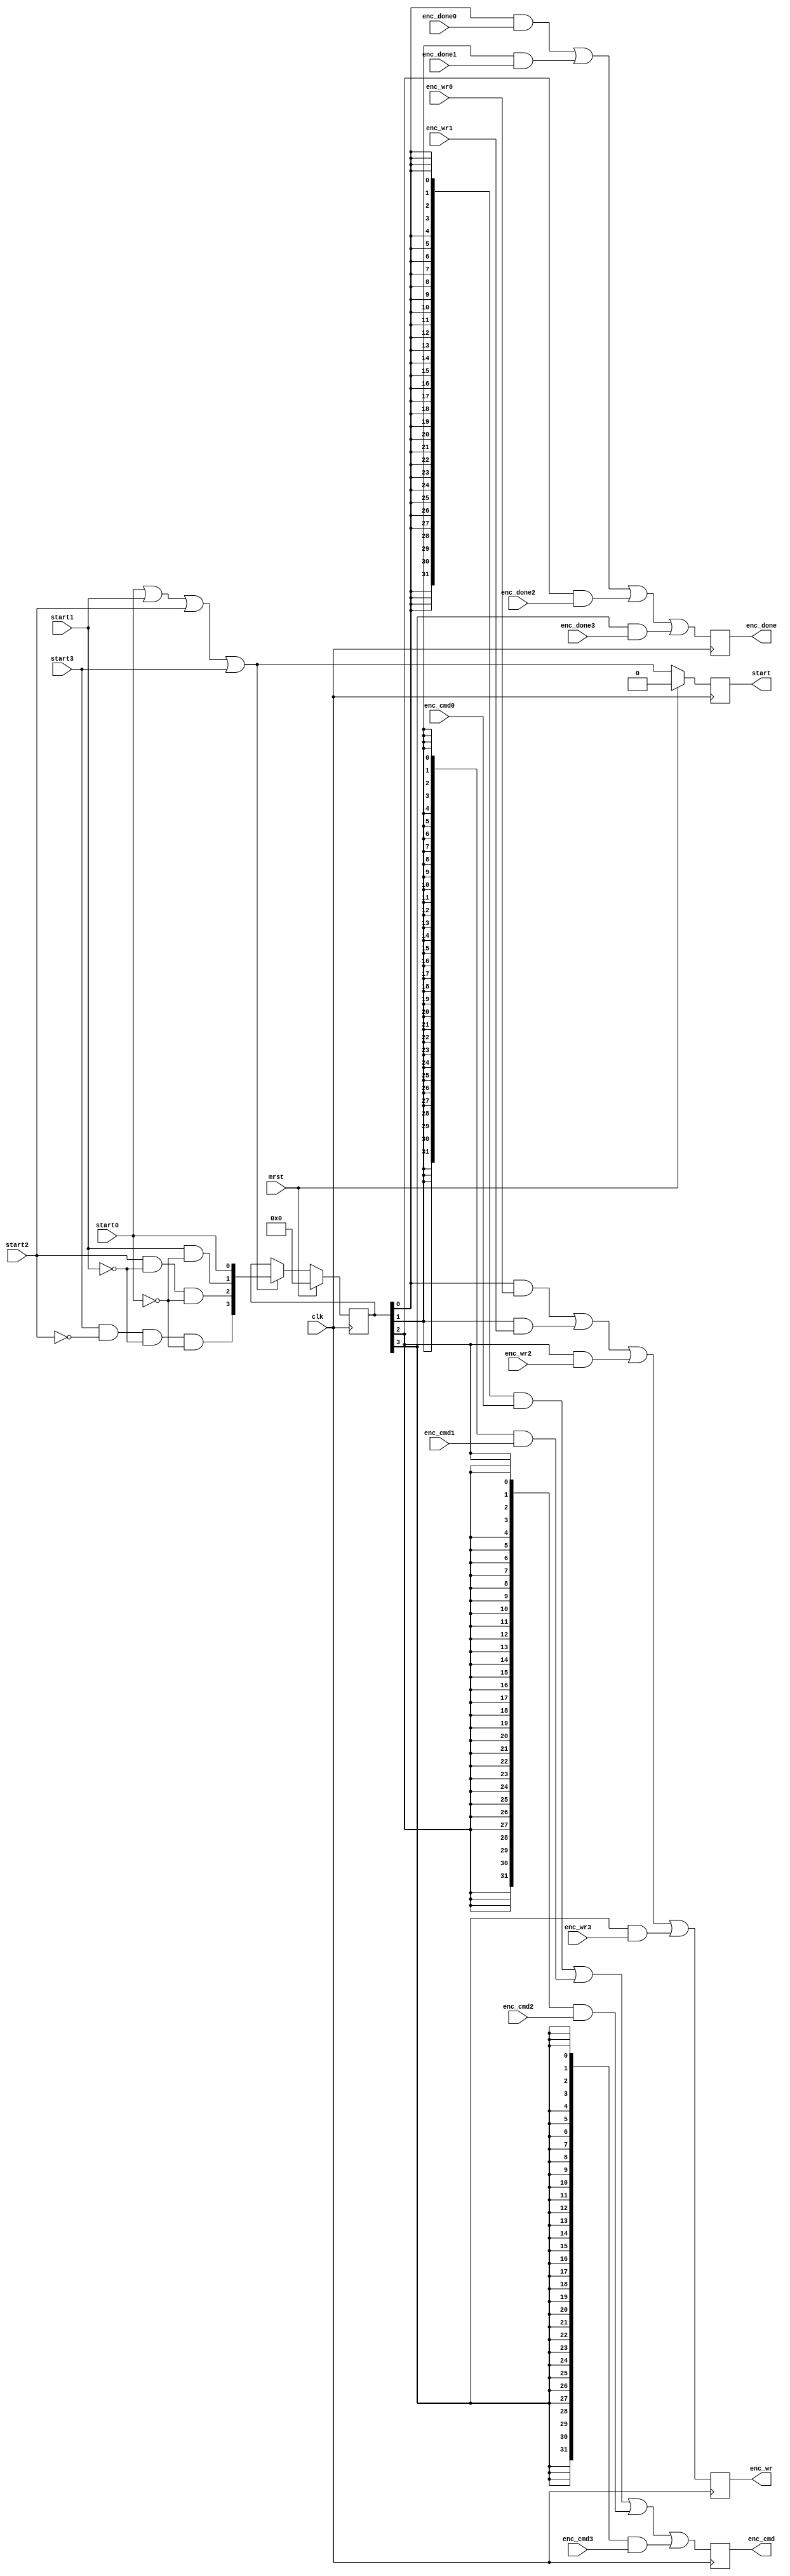
/*!
 * <b>Module:</b>cmd_encod_4mux
 * @file cmd_encod_4mux.v
 * @date 2015-02-21  
 * @author Andrey Filippov     
 *
 * @brief 4-to-1 mux to cmbine memory sequences sources
 *
 * @copyright Copyright (c) 2015 Elphel, Inc.
 *
 * <b>License:</b>
 *
 * cmd_encod_4mux.v is free software; you can redistribute it and/or modify
 * it under the terms of the GNU General Public License as published by
 * the Free Software Foundation, either version 3 of the License, or
 * (at your option) any later version.
 *
 *  cmd_encod_4mux.v is distributed in the hope that it will be useful,
 * but WITHOUT ANY WARRANTY; without even the implied warranty of
 * MERCHANTABILITY or FITNESS FOR A PARTICULAR PURPOSE.  See the
 * GNU General Public License for more details.
 *
 * You should have received a copy of the GNU General Public License
 * along with this program.  If not, see <http://www.gnu.org/licenses/> .
 *
 * Additional permission under GNU GPL version 3 section 7:
 * If you modify this Program, or any covered work, by linking or combining it
 * with independent modules provided by the FPGA vendor only (this permission
 * does not extend to any 3-rd party modules, "soft cores" or macros) under
 * different license terms solely for the purpose of generating binary "bitstream"
 * files and/or simulating the code, the copyright holders of this Program give
 * you the right to distribute the covered work without those independent modules
 * as long as the source code for them is available from the FPGA vendor free of
 * charge, and there is no dependence on any encrypted modules for simulating of
 * the combined code. This permission applies to you if the distributed code
 * contains all the components and scripts required to completely simulate it
 * with at least one of the Free Software programs.
 */
`timescale 1ns/1ps

module  cmd_encod_4mux(
    input                   mrst,
    input                   clk,

    input                   start0,       // this channel was started
    input            [31:0] enc_cmd0,     // encoded command
    input                   enc_wr0,      // write encoded command
    input                   enc_done0,     // encoding finished

    input                   start1,       // this channel was started
    input            [31:0] enc_cmd1,     // encoded command
    input                   enc_wr1,      // write encoded command
    input                   enc_done1,     // encoding finished

    input                   start2,       // this channel was started
    input            [31:0] enc_cmd2,     // encoded command
    input                   enc_wr2,      // write encoded command
    input                   enc_done2,     // encoding finished

    input                   start3,       // this channel was started
    input            [31:0] enc_cmd3,     // encoded command
    input                   enc_wr3,      // write encoded command
    input                   enc_done3,     // encoding finished

    output reg              start,       // combined output was started (1 clk from |start*)
    output reg       [31:0] enc_cmd,     // encoded command
    output reg              enc_wr,      // write encoded command
    output reg              enc_done     // encoding finished
);
    reg [3:0] select;
    wire start_w= start0 | start1 |start2 | start3;
    always @ (posedge clk) begin
        if (mrst)      start <= 0;
        else           start <= start_w;
    
        if      (mrst)    select <= 0;
        else if (start_w) select <={ // normally should be no simultaneous starts, so priority is not needed
                            start3 & ~start2 & ~start1 & ~start0,
                            start2 & ~start1 & ~start0,
                            start1 & ~start0,
                            start0};
    end
    
    always @(posedge clk) begin
        enc_cmd <=  ({32{select[0]}} & enc_cmd0) |
                    ({32{select[1]}} & enc_cmd1) |
                    ({32{select[2]}} & enc_cmd2) |
                    ({32{select[3]}} & enc_cmd3);
                    
        enc_wr <=   (select[0] & enc_wr0) |
                    (select[1] & enc_wr1) |
                    (select[2] & enc_wr2) |
                    (select[3] & enc_wr3);
                    
        enc_done <= (select[0] & enc_done0) |
                    (select[1] & enc_done1) |
                    (select[2] & enc_done2) |
                    (select[3] & enc_done3);
    end

endmodule